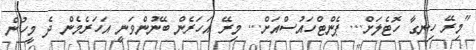
"މިރޭ ހިނގާ ހޮޓެލަށް... ޕެންޓްހައުސްއަށް... މިރޭ އަހަރެން ބޭނުންވަނީ އަހަރެމެން ދެ މީހުން